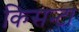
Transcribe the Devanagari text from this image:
किसन्टा